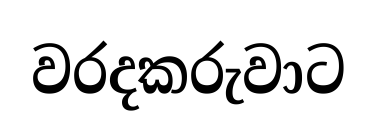
වරදකරුවාට